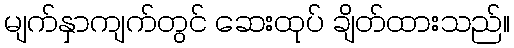
မျက်နှာကျက်တွင် ဆေးထုပ် ချိတ်ထားသည်။